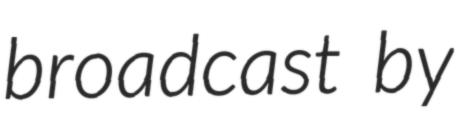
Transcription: broadcast by